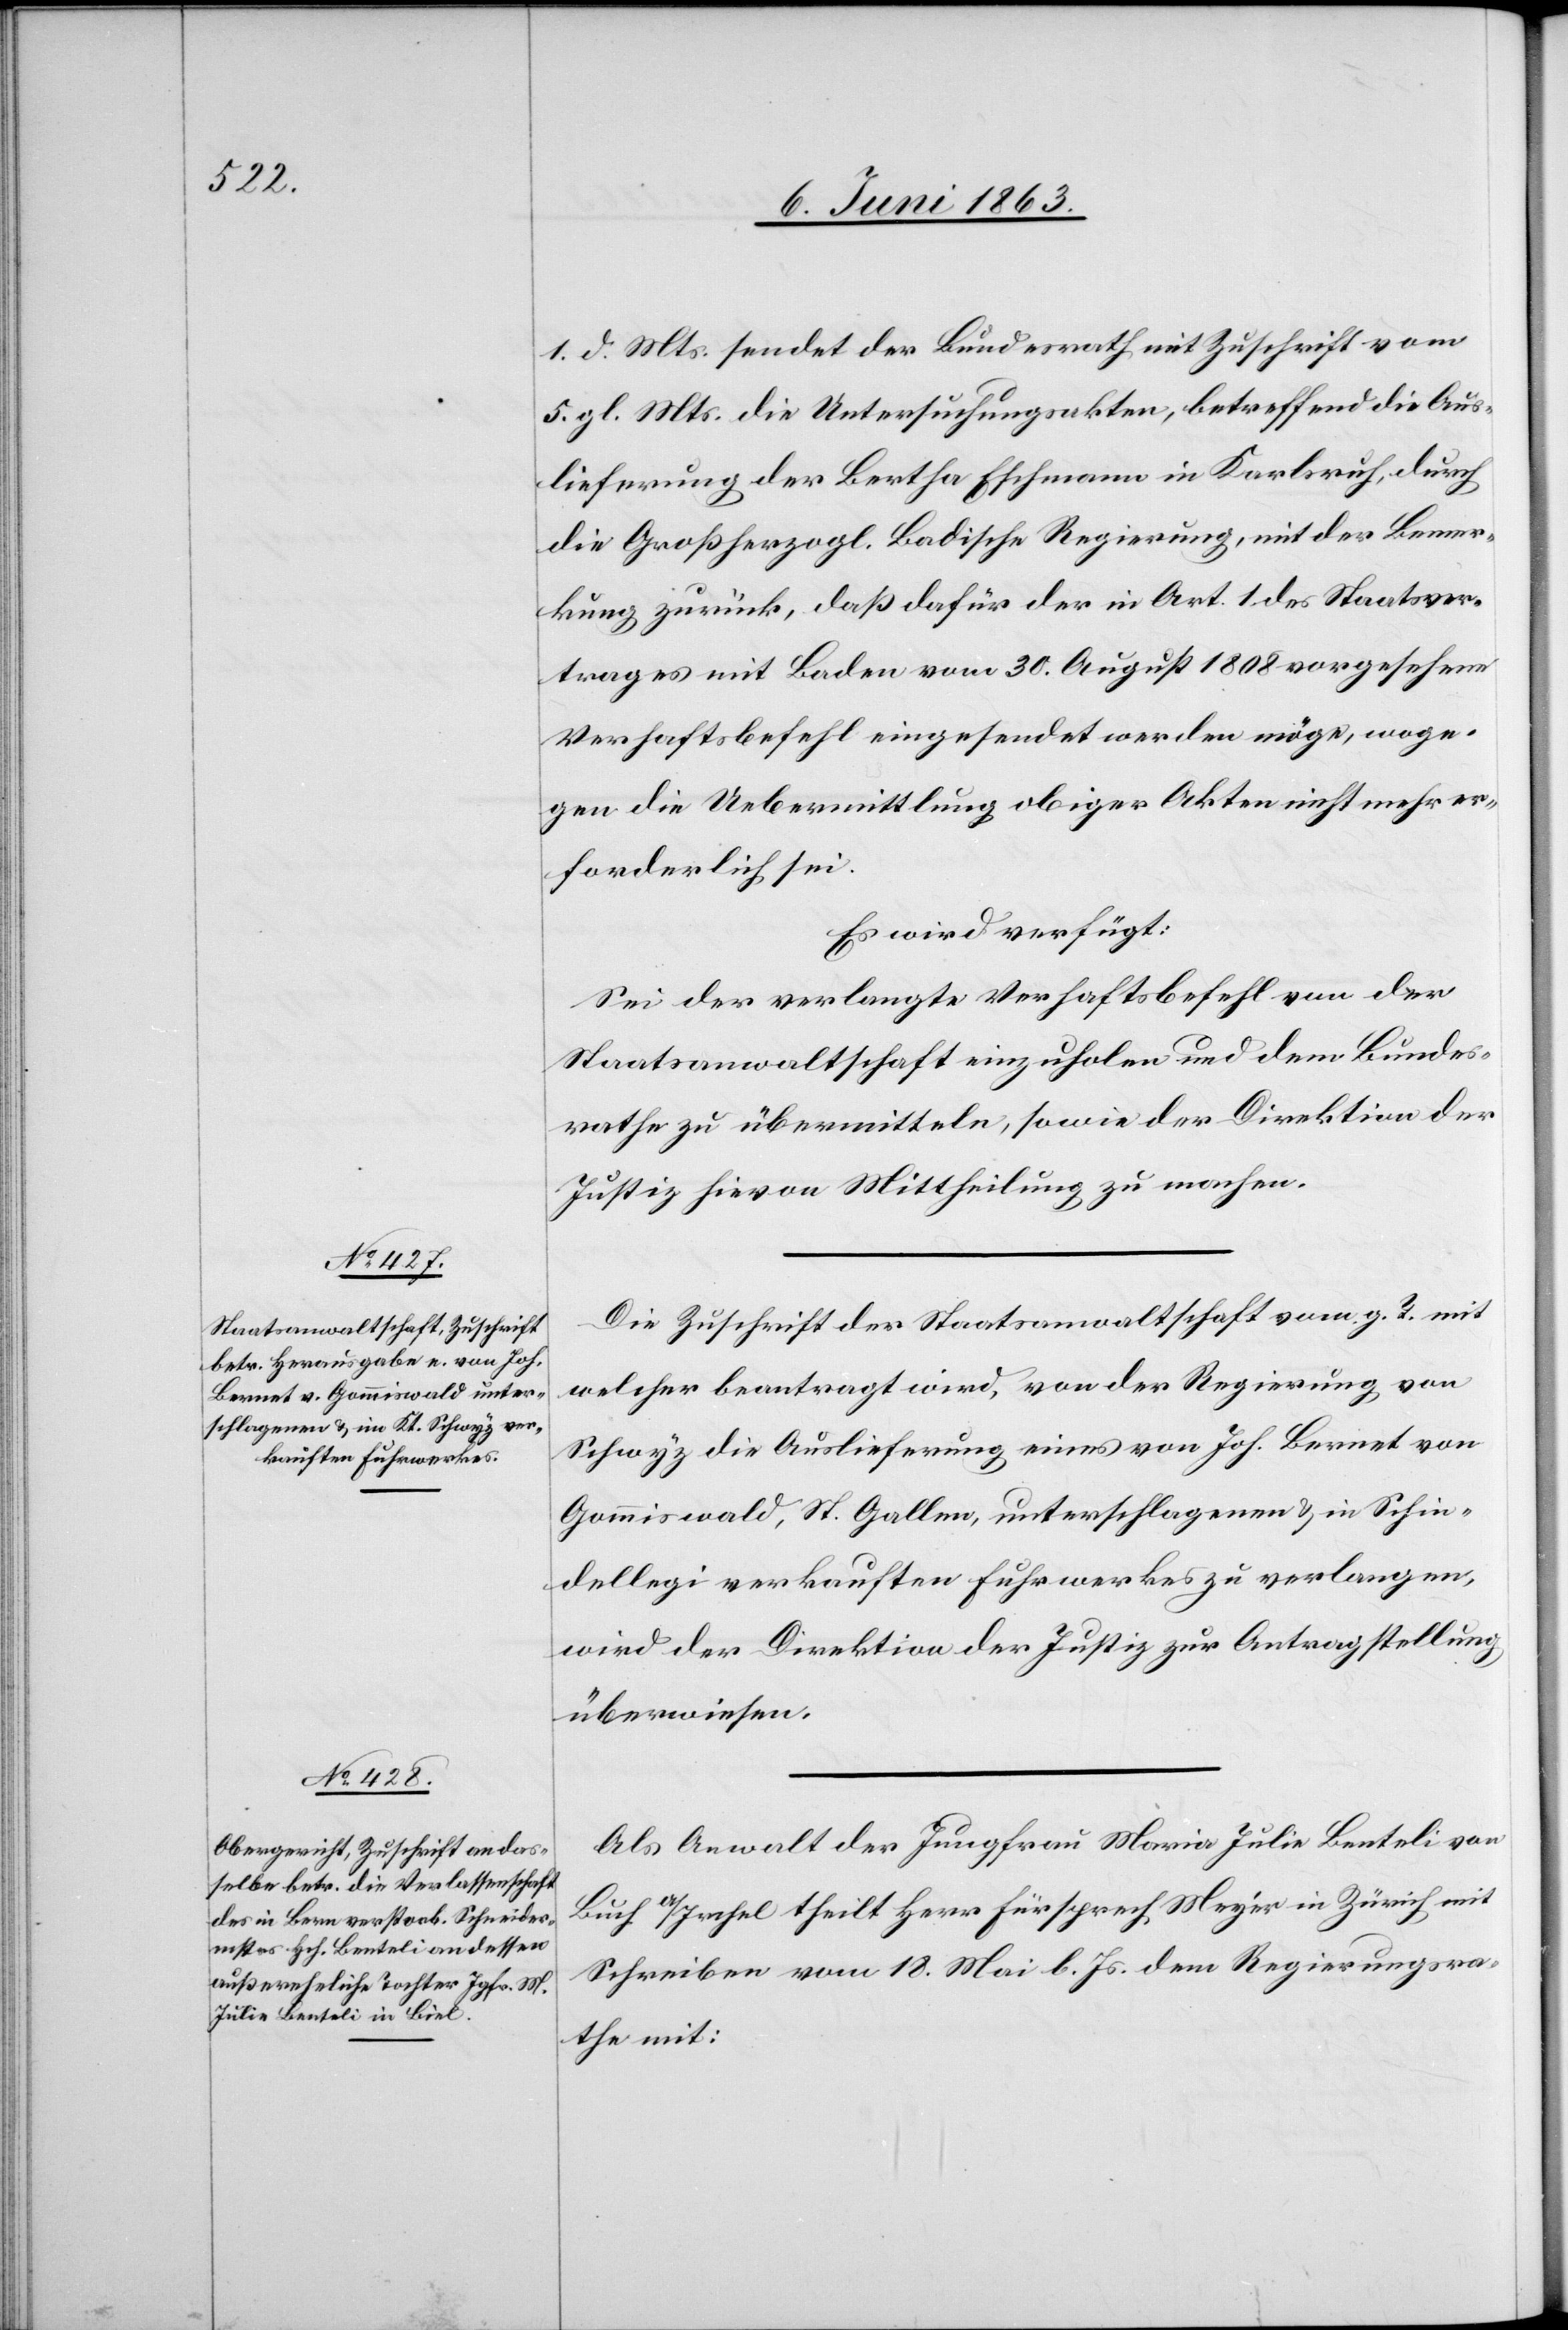
8. Juni 1863.]
1. d. Mts. sendet der Bundesrath mit Zuschrift vom
5. gl. Mts. die Untersuchungsakten, betreffend die Aus¬
lieferung der Bertha Eschmann in Karlsruh, durch
die Großherzogl. Badische Regierung, mit der Bemer¬
kung zurück, daß dafür der in Art. 1 des Staatsver¬
trages mit Baden vom 30. August 1808 vorgesehene
Verhaftsbefehl eingesendet werden möge, woge¬
gen die Uebermittlung obiger Akten nicht mehr er¬
forderlich sei.
Es wird verfügt:
Sei der verlangte Verhaftsbefehl von der
Staatsanwaltschaft einzuholen und dem Bundes¬
rathe zu übermitteln, sowie der Direktion der
Justiz hievon Mittheilung zu machen.
Die Zuschrift der Staatsanwaltschaft vom g. T. mit
welcher beantragt wird, von der Regierung von
Schwyz die Auslieferung eines von Joh. Bernet von
Gommiswald, St. Gallen, unterschlagenen & in Schin¬
dellegi verkauften Fuhrwerkes zu verlangen,
wird der Direktion der Justiz zur Antragstellung
überwiesen.
Als Anwalt der Jungfrau Maria Julie Benteli von
Buch a/Irchel theilt Herr Fürsprech Meyer in Zürich mit
Schreiben vom 18. Mai l. Js. dem Regierungsra¬
the mit: